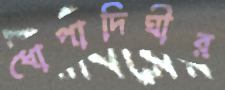
ধোপাদিঘীর